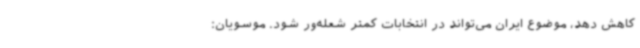
کاهش دهد، موضوع ایران می‌تواند در انتخابات کمتر شعله‌ور شود. موسویان: